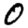
Digit: 0